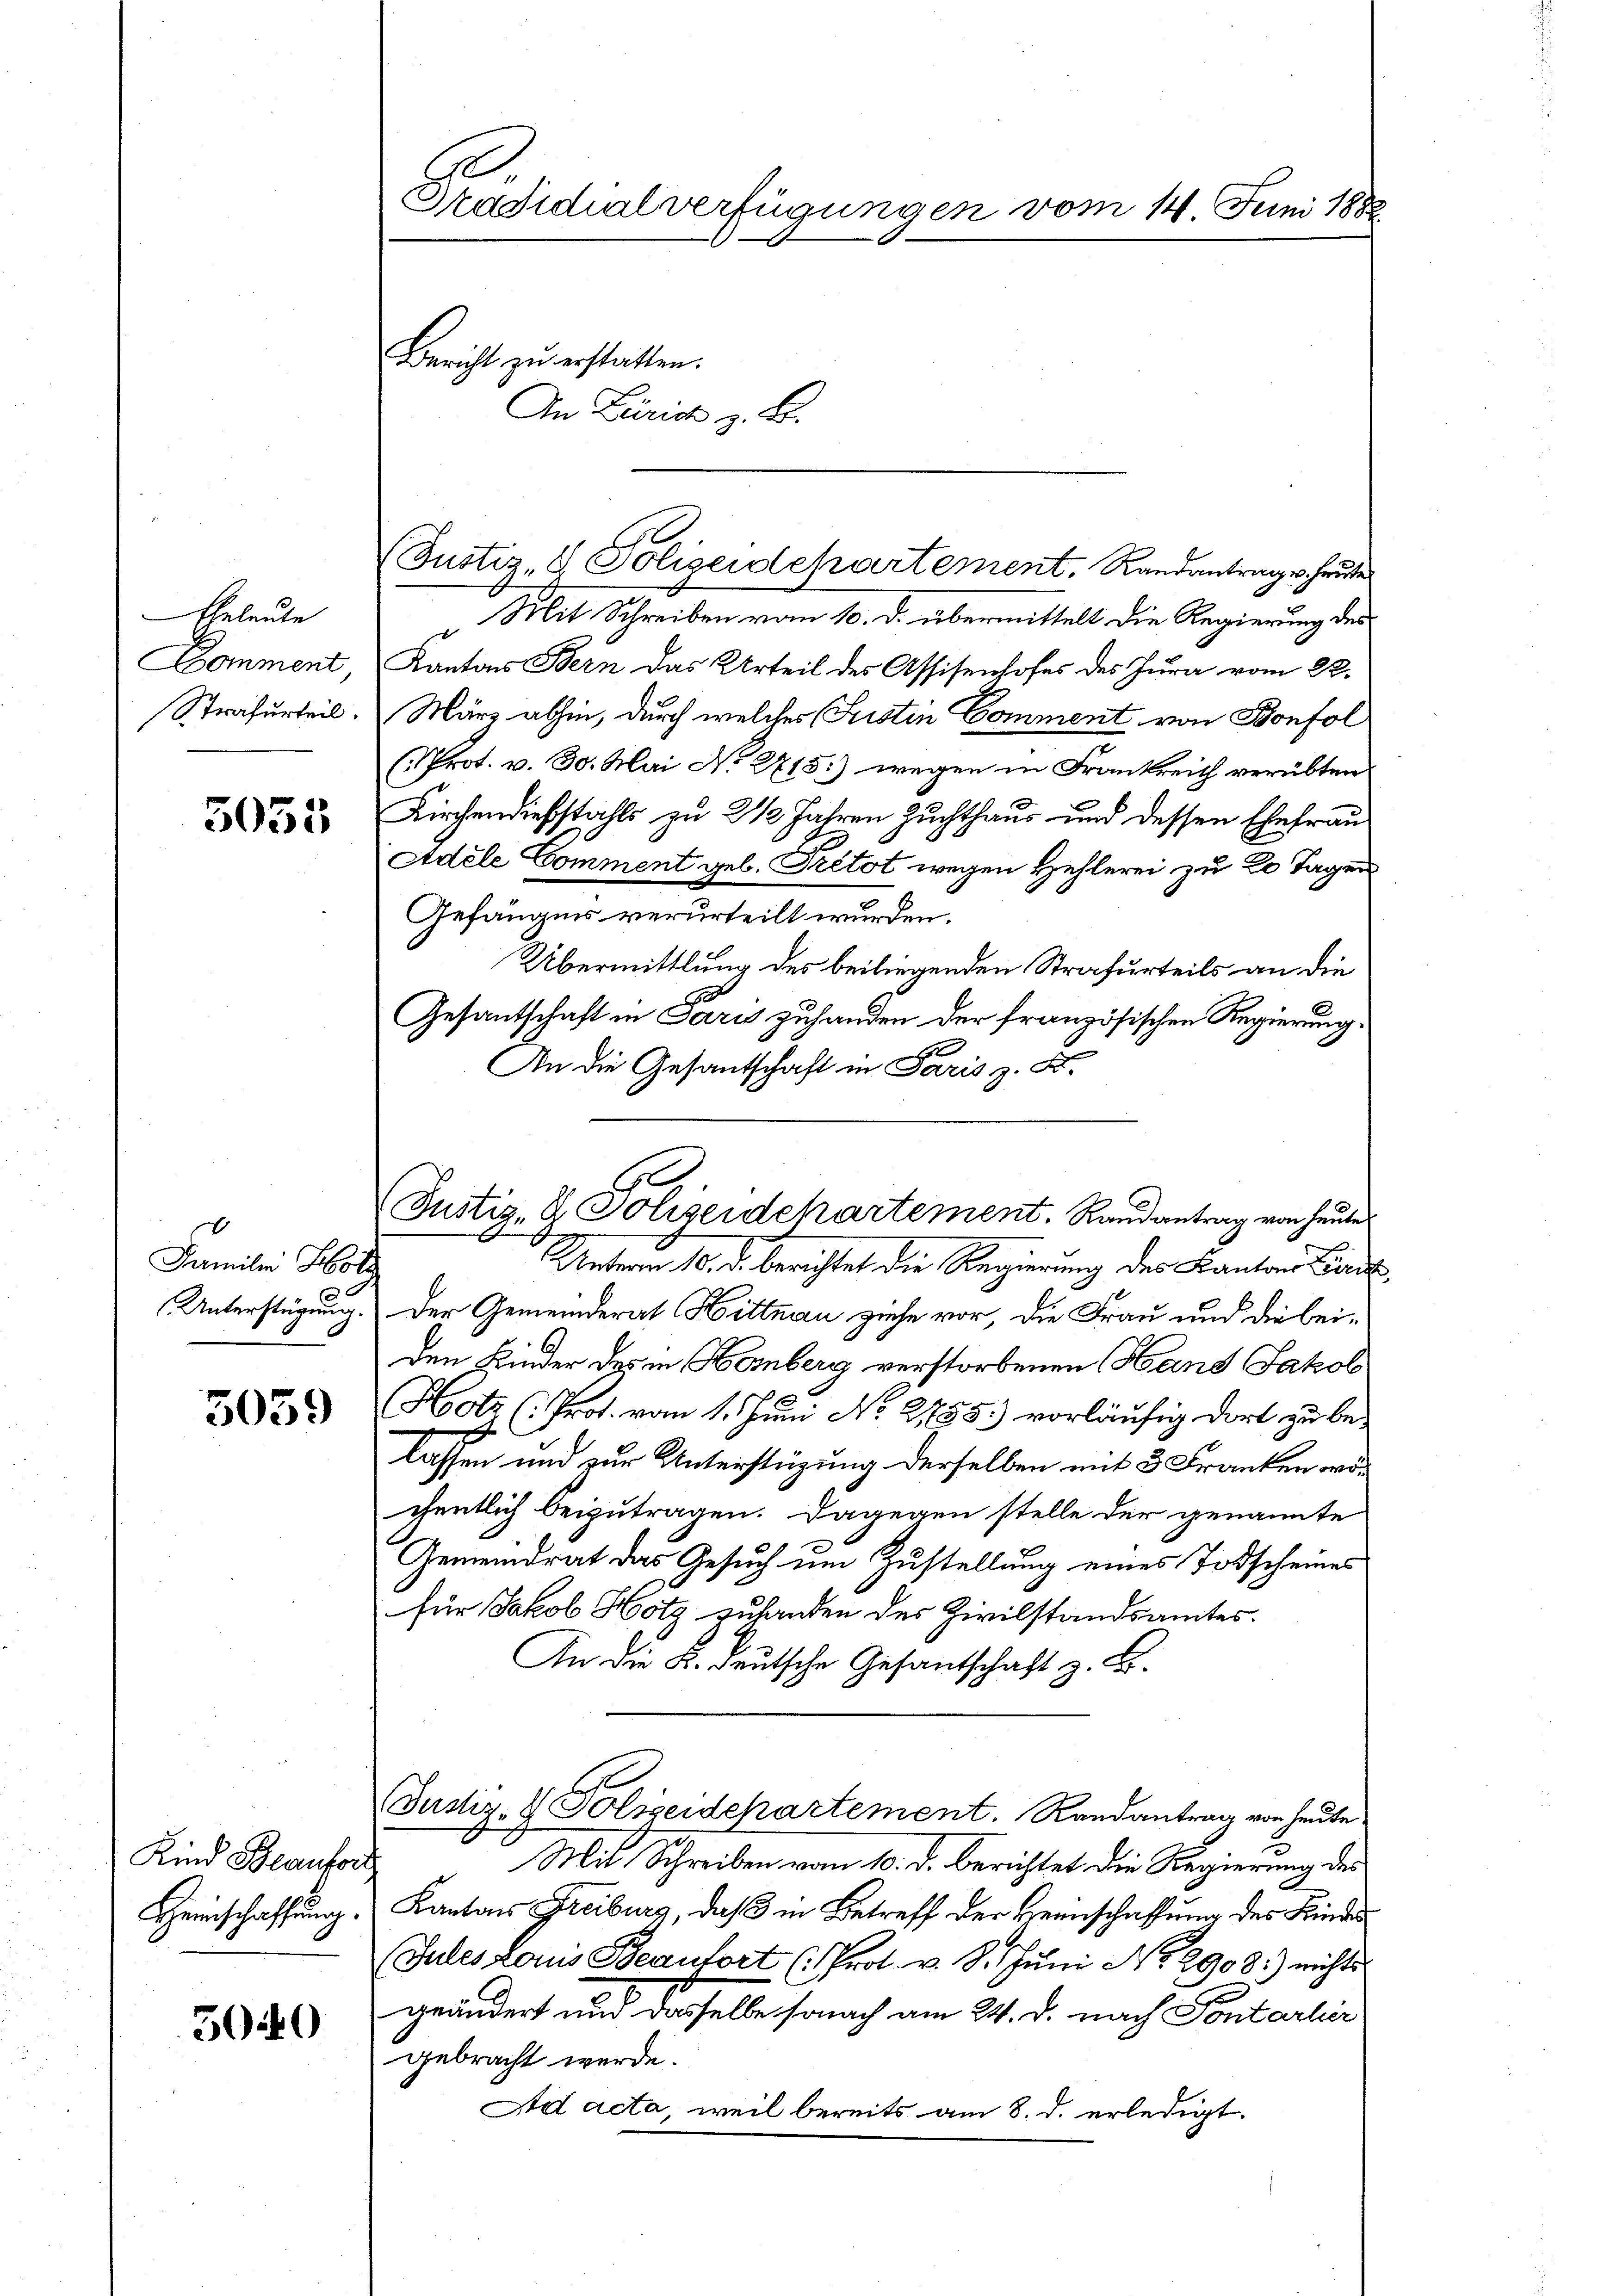
Abeleute
Domment
Strafurteil.

5035

Familii Hol
Unterstügung.

5039

Kind Beaufsit
Heinschaffung.

3040

Prädicalverfügungen vom 14. Juni 1882
Bericht zu erstatten.
An Zürich z. B.

(Justiz- & Polizeidepartement, Randantrage heute

(Justiz- & Polizeidehartement. Randantrag von heute

Mit Schreiben vom 10. d. übermittelt die Regierung des
Kantons Bern das Urteil des Assisenhofes des Jura vom 22.
März abhin, durch welches (Justin Comment von Bonfol
(Prot. v. 30. Mai No 2715.) wegen in Frankreich verübten
Kirchendiebstahls zu 2 1/2 Jahren Zuchthaus und dessen Ehefrau
Adele Comment geb. Pretot wegen Hehlerei zu 20 Tagen
Gefängnis verurteilt wurden.
Übermittlung des beiliegenden Strafurteils an die
Gesantschaft in Paris zuhanden der französischen Regierung.
An die Gesantschaft in Paris z. B.
Unteren 10. d. berichtet die Regierung des Kanton Lande
Der Gemeinderat Hittnau ziehe vor, die Frau und die beiden Kinder des in Homberg verstorbenen (Hans Jakob
Hotz (Prot. vom 1. Juni No 21855 vorläufig dort zu be-
lassen und zur Unterstüzung derselben mit 3 Franken worchentlich beizutragen. Dagegen stelle der genannte
Gemeindrat das Gesuch um Zustellung eines Todscheines
für Jakob Hotz zuhanden des Zivilstandsamtes.
An die K. deutsche Gesantschaft z. B.
Justiz- & Polizeidchartement. Randantrag von heute
 Mit Schreiben vom 10. d. Berichtet die Regierung des
Kantons Freiburg, daß in Betreff der Heinschaffung des Kinder
Jules Louis Beautort (Prot. v. 8. Jŭni No 2908) nichts
geändert und dasselbe sonach am 24. d. nach Sontarlin
gebracht werde.
Ad acta, weil bereits am 8. d. erledigt.